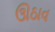
ઊઠાવ